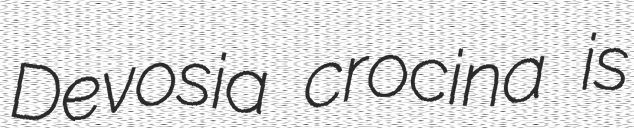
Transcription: Devosia crocina is